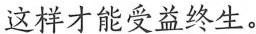
这样才能受益终生。